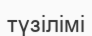
түзілімі